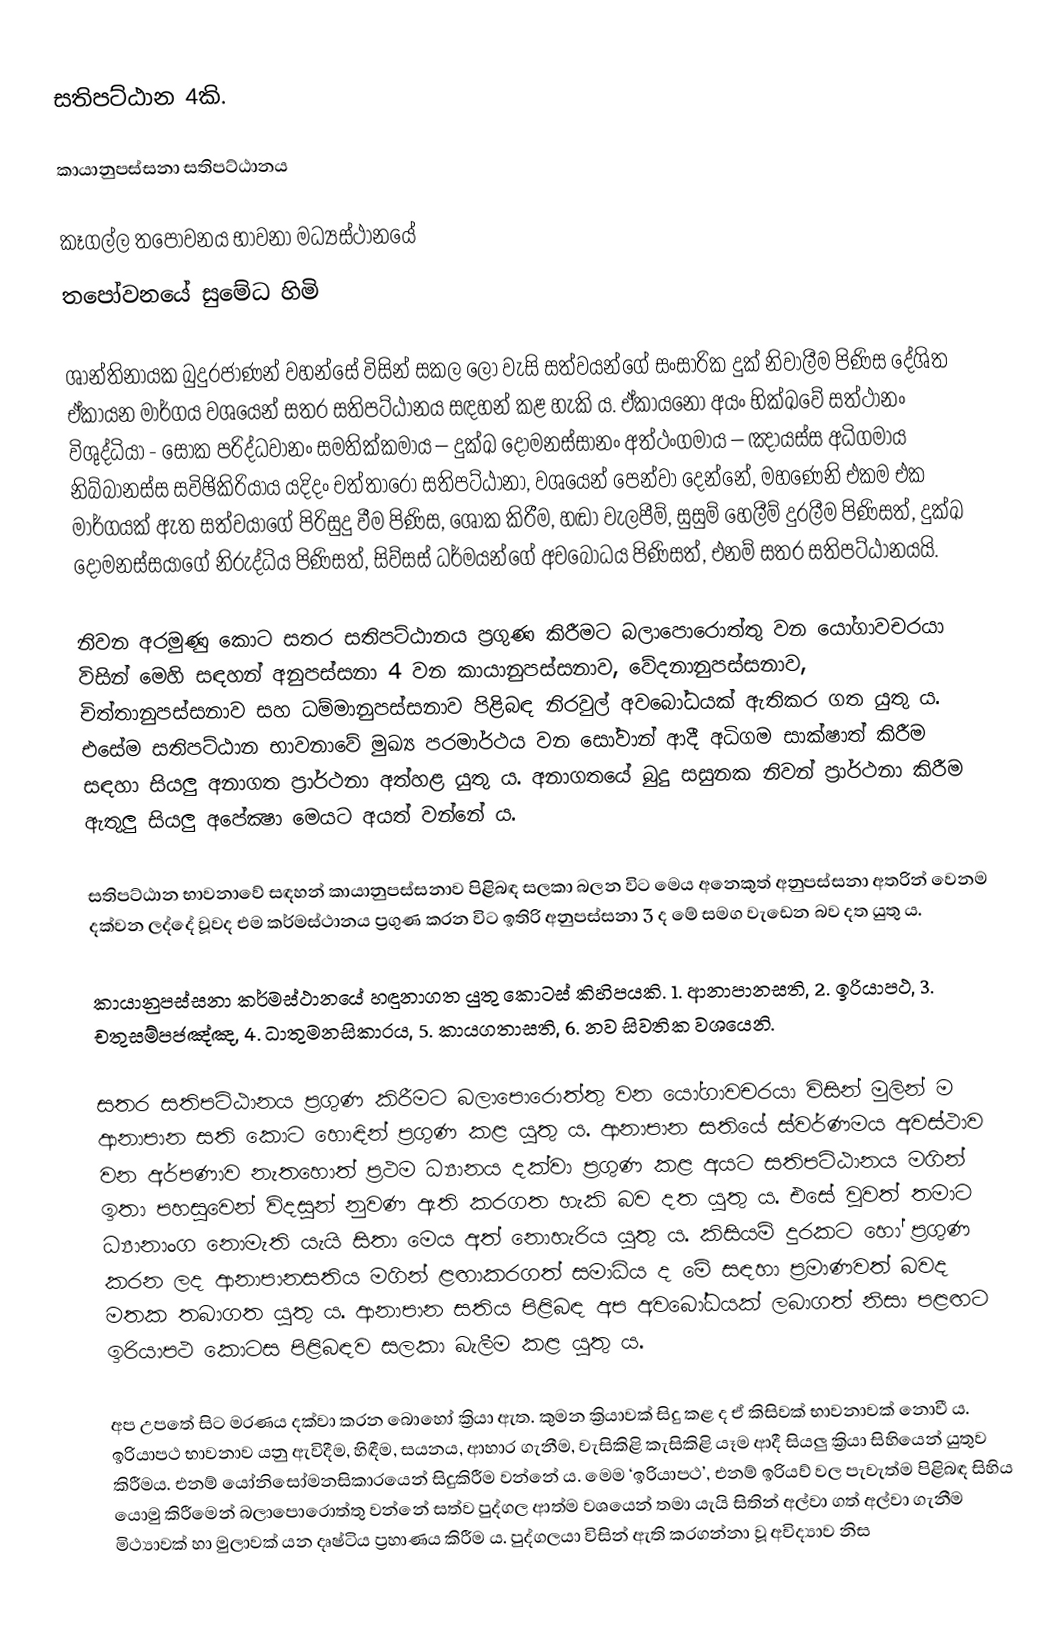
සතිපට්ඨාන 4කි.

කායානුපස්සනා සතිපට්ඨානය

කෑගල්ල තපෝවනය භාවනා මධ්‍යස්ථානයේ
තපෝවනයේ සුමේධ හිමි

ශාන්තිනායක බුදුරජාණන් වහන්සේ විසින් සකල ලෝ වැසි සත්වයන්ගේ සංසාරික දුක් නිවාලීම පිණිස දේශිත ඒකායන මාර්ගය වශයෙන් සතර සතිපට්ඨානය සඳහන් කළ හැකි ය. ඒකායනෝ අයං භික්‍ඛවේ සත්ථානං විශුද්ධියා - සෝක පරිද්ධවානං සමතික්කමාය – දුක්ඛ දෝමනස්සානං අත්ථංගමාය – ඤායස්ස අධිගමාය නිබ්බානස්ස සවිඡිකිරියාය යදිදං චත්තාරෝ සතිපට්ඨානා, වශයෙන් පෙන්වා දෙන්නේ, මහණෙනි එකම එක මාර්ගයක් ඇත සත්වයාගේ පිරිසුදු වීම පිණිස, ශෝක කිරීම, හඬා වැලපීම්, සුසුම් හෙලීම් දුරලීම පිණිසත්, දුක්ඛ දෝමනස්සයාගේ නිරුද්ධිය පිණිසත්, සිව්සස් ධර්මයන්ගේ අවබෝධය පිණිසත්, එනම් සතර සතිපට්ඨානයයි.

නිවන අරමුණු කොට සතර සතිපට්ඨානය ප්‍රගුණ කිරීමට බලාපොරොත්තු වන යෝගාවචරයා විසින් මෙහි සඳහන් අනුපස්සනා 4 වන කායානුපස්සනාව, වේදනානුපස්සනාව, චිත්තානුපස්සනාව සහ ධම්මානුපස්සනාව පිළිබඳ නිරවුල් අවබෝධයක් ඇතිකර ගත යුතු ය. එසේම සතිපට්ඨාන භාවනාවේ මුඛ්‍ය පරමාර්ථය වන සෝවාන් ආදී අධිගම සාක්ෂාත් කිරීම සඳහා සියලු අනාගත ප්‍රාර්ථනා අත්හළ යුතු ය. අනාගතයේ බුදු සසුනක නිවන් ප්‍රාර්ථනා කිරීම ඇතුලු සියලු අපේක්‍ෂා මෙයට අයත් වන්නේ ය.

සතිපට්ඨාන භාවනාවේ සඳහන් කායානුපස්සනාව පිළිබඳ සලකා බලන විට මෙය අනෙකුත් අනුපස්සනා අතරින් වෙනම දක්වන ලද්දේ වූවද එම කර්මස්ථානය ප්‍රගුණ කරන විට ඉතිරි අනුපස්සනා 3 ද මේ සමග වැඩෙන බව දත යුතු ය.

කායානුපස්සනා කර්මස්ථානයේ හඳුනාගත යුතු කොටස් කිහිපයකි. 1. ආනාපානසති, 2. ඉරියාපථ, 3. චතුසම්පජඤ්ඤ, 4. ධාතුමනසිකාරය, 5. කායගතාසති, 6. නව සිවතික වශයෙනි.

සතර සතිපට්ඨානය ප්‍රගුණ කිරීමට බලාපොරොත්තු වන යෝගාවචරයා විසින් මුලින් ම ආනාපාන සති කොට හොඳින් ප්‍රගුණ කළ යුතු ය. ආනාපාන සතියේ ස්වර්ණමය අවස්ථාව වන අර්පණාව නැතහොත් ප්‍රථම ධ්‍යානය දක්වා ප්‍රගුණ කළ අයට සතිපට්ඨානය මගින් ඉතා පහසුවෙන් විදසුන් නුවණ ඇති කරගත හැකි බව දත යුතු ය. එසේ වූවත් තමාට ධ්‍යානාංග නොමැති යැයි සිතා මෙය අත් නොහැරිය යුතු ය. කිසියම් දුරකට හෝ ප්‍රගුණ කරන ලද ආනාපානසතිය මගින් ළඟාකරගත් සමාධිය ද මේ සඳහා ප්‍රමාණවත් බවද මතක තබාගත යුතු ය. ආනාපාන සතිය පිළිබඳ අප අවබෝධයක් ලබාගත් නිසා පළඟට ඉරියාපථ කොටස පිළිබඳව සලකා බැලීම කළ යුතු ය.

අප උපතේ සිට මරණය දක්වා කරන බොහෝ ක්‍රියා ඇත. කුමන ක්‍රියාවක් සිදු කළ ද ඒ කිසිවක් භාවනාවක් නොවී ය. ඉරියාපථ භාවනාව යනු ඇවිදීම, හිඳීම, සයනය, ආහාර ගැනීම, වැසිකිළි කැසිකිළි යෑම ආදී සියලු ක්‍රියා සිහියෙන් යුතුව කිරීමය. එනම් යෝනිසෝමනසිකාරයෙන් සිදුකිරීම වන්නේ ය. මෙම ‘ඉරියාපථ’, එනම් ඉරියව් වල පැවැත්ම පිළිබඳ සිහිය යොමු කිරීමෙන් බලාපොරොත්තු වන්නේ සත්ව පුද්ගල ආත්ම වශයෙන් තමා යැයි සිතින් අල්වා ගත් අල්වා ගැනීම මිථ්‍යාවක් හා මුලාවක් යන දෘෂ්ටිය ප්‍රහාණය කිරීම ය. පුද්ගලයා විසින් ඇති කරගන්නා වූ අවිද්‍යාව නිස